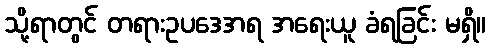
သို့ရာတွင် တရားဥပဒေအရ အရေးယူ ခံရခြင်း မရှိ။